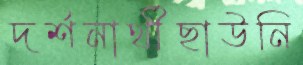
দর্শনার্থীছাউনি